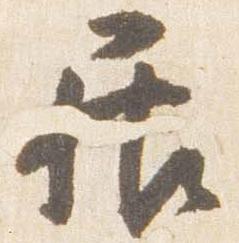
居